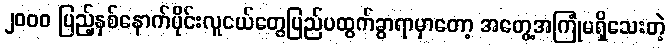
၂၀၀၀ ပြည့်နှစ်နောက်ပိုင်းလူငယ်တွေပြည်ပထွက်ခွာရာမှာတော့ အတွေ့အကြုံမရှိသေးတဲ့